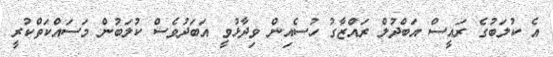
އެ ކުލަބުގެ ރައީސް އަބްދުލް ރައްޒާގު ހުސެއިން ވިދާޅުވީ އަބަދުވެސް ކުލަބުން މަސައްކަތްކުރީ